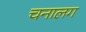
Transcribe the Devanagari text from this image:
चनालग